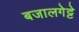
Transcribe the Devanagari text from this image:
बजालगेट्टे